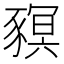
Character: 𧱴